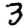
Digit: 3